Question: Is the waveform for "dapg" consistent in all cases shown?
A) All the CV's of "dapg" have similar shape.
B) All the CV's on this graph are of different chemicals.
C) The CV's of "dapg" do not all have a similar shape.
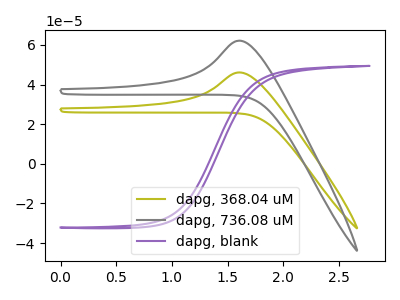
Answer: <think>The olive curve "dapg, 368.04 uM" has an anodic peak at: (1.60V, 46.10uA). The gray curve "dapg, 736.08 uM" has an anodic peak at: (1.60V, 62.15uA). The purple curve "dapg, blank" has no peaks.
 All the peaks in "dapg, 368.04 uM" have a peak in "dapg, 736.08 uM" at the same potential. Every peak in "dapg, 368.04 uM" is lower than every peak in "dapg, 736.08 uM". "dapg, 368.04 uM" and "dapg, blank" have a different number of peaks. "dapg, 736.08 uM" and "dapg, blank" have a different number of peaks.</think>
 <answer>A) All the CV's of "dapg" have similar shape.</answer>
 <eval>A</eval>